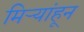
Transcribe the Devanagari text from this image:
मिऱ्यांहून